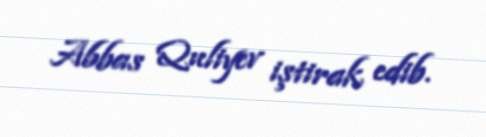
Abbas Quliyev iştirak edib.